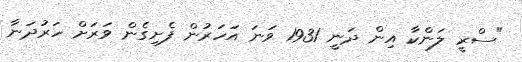
"ސްރީ ލަންކާ އިން ދަނީ 1931 ވަނަ އަހަރުން ފެށިގެން ވަރަށް ހަރުދަނާ